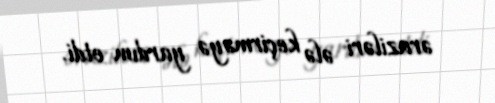
əraziləri ələ keçirməyə yardım etdi.